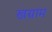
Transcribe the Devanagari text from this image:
खग्राम